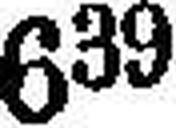
639